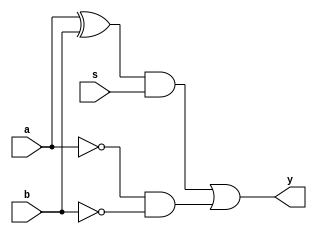
module muxq(s,a,b,y);
input s,a,b;
output y;
wire t1,t2,t3,t4,t5;
not not1(t1,a);
not not2(t2,b);
xor xor1(t3,a,b);
and and1(t4,t3,s);
and and2(t5,t1,t2);
or or2(y,t4,t5);
endmodule